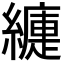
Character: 𦆍